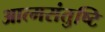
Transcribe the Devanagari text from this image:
आत्मसंतुष्टि